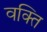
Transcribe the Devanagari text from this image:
वक्ति